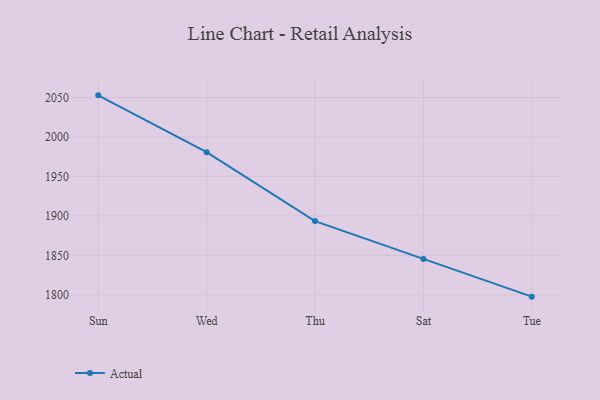
{"axis": {"x": "Day", "y": "Latency (ms)"}, "legend": ["Actual"], "data": [{"x": "Sun", "y": 2052.8, "type": "Actual"}, {"x": "Wed", "y": 1980.8, "type": "Actual"}, {"x": "Thu", "y": 1893.4, "type": "Actual"}, {"x": "Sat", "y": 1845.4, "type": "Actual"}, {"x": "Tue", "y": 1797.6, "type": "Actual"}]}